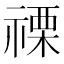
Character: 𮂌